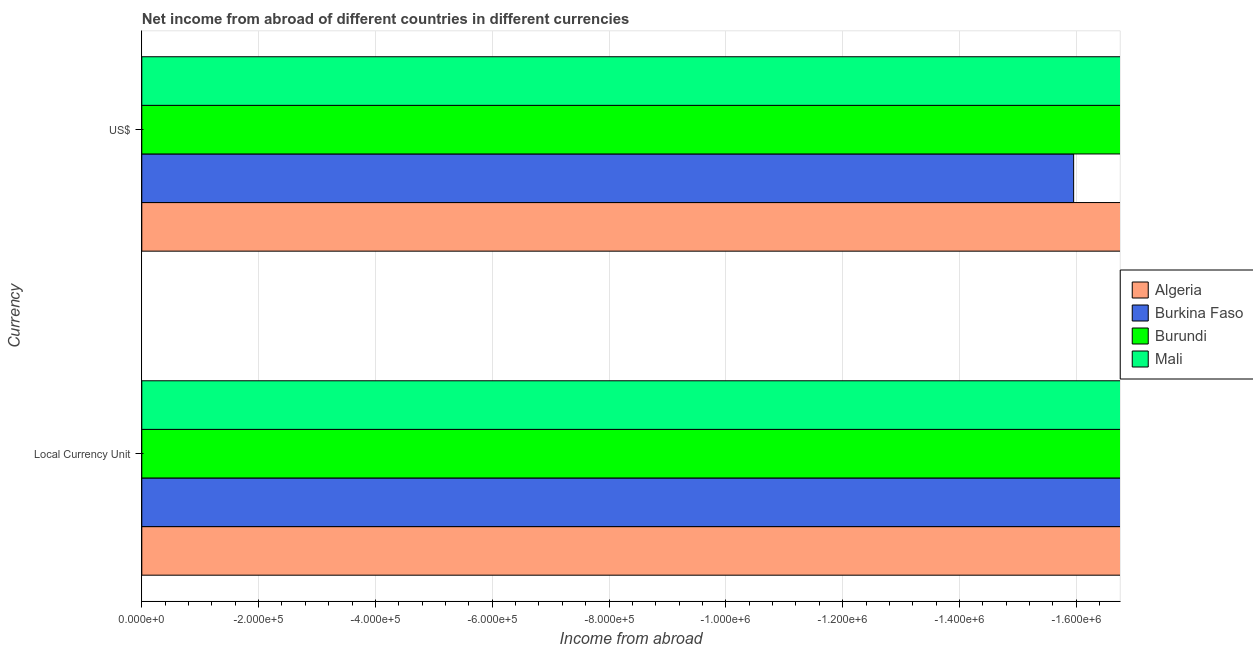
| Currency | Algeria | Burkina Faso | Burundi | Mali |
 | --- | --- | --- | --- | --- |
 | Local Currency Unit | -3e+08 | -3.95e+08 | -1.18e+09 | -4.91e+08 |
 | US$ | -6.08e+07 | -1.6e+06 | -1.35e+07 | -1.98e+06 |